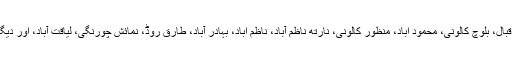
کراچی کے علاقے ایکسپریس وے، شاہراہ فیصل، گلشن اقبال، بلوچ کالونی، محمود آباد، منظور کالونی، نارتھ ناظم آباد، ناظم آباد، بہادر آباد، طارق روڈ، نمائش چورنگی، لیاقت آباد، اور دیگرعلاقوں میں کہیں کہیں بوندا باندی اورکہیں بارش ہوئی۔